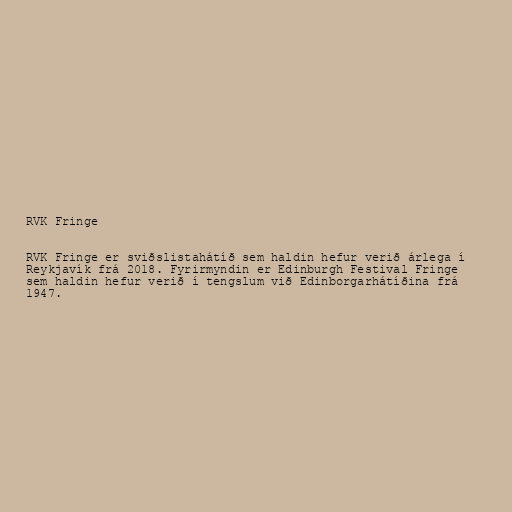
RVK Fringe

RVK Fringe er sviðslistahátíð sem haldin hefur verið árlega í
Reykjavík frá 2018. Fyrirmyndin er Edinburgh Festival Fringe
sem haldin hefur verið í tengslum við Edinborgarhátíðina frá
1947.